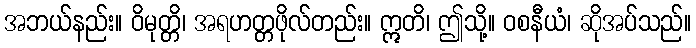
အဘယ်နည်း။ ဝိမုတ္တိ၊ အရဟတ္တဖိုလ်တည်း။ ဣတိ၊ ဤသို့။ ဝစနီယံ၊ ဆိုအပ်သည်။